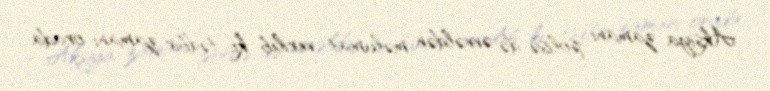
Aksiya zamanı polisə də əvvəldən məlumat verilib ki, tədbir zamanı orada